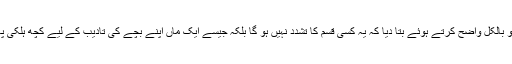
رسول اللہ صلی اللہ علیہ وسلم نے اس کی نوعیت کو بالکل واضح کرتے ہوئے بتا دیا کہ یہ کسی قسم کا تشدد نہیں ہو گا بلکہ جیسے ایک ماں اپنے بچے کی تادیب کے لیے کچھ ہلکی پھلکی ضرب لگادیتی ہے اتنا ہی معاملہ ہونا چاہیے۔